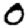
Digit: 0